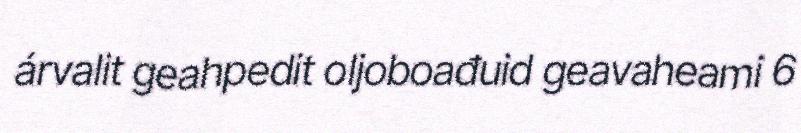
árvalit geahpedit oljoboađuid geavaheami 6